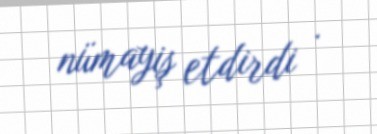
nümayiş etdirdi .